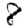
Digit: 8